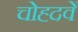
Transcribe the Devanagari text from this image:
चोह्दवें